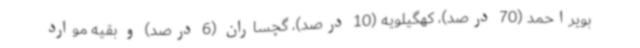
بویراحمد (70 درصد)، کهگیلویه (10 درصد)، گچساران (6 درصد) و بقیه موارد